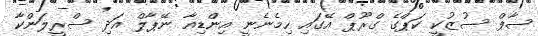
ސާފް ސުޒުކީ ކަޕްގެ ގްރޫޕް އޭގައި ހިމެނެނީ އިންޑިއާ ނޭޕާލް އަދި ސްރީލަންކާ